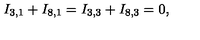
I _ { 3 , 1 } + I _ { 8 , 1 } = I _ { 3 , 3 } + I _ { 8 , 3 } = 0 ,